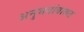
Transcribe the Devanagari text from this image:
अनुभवांबाबत